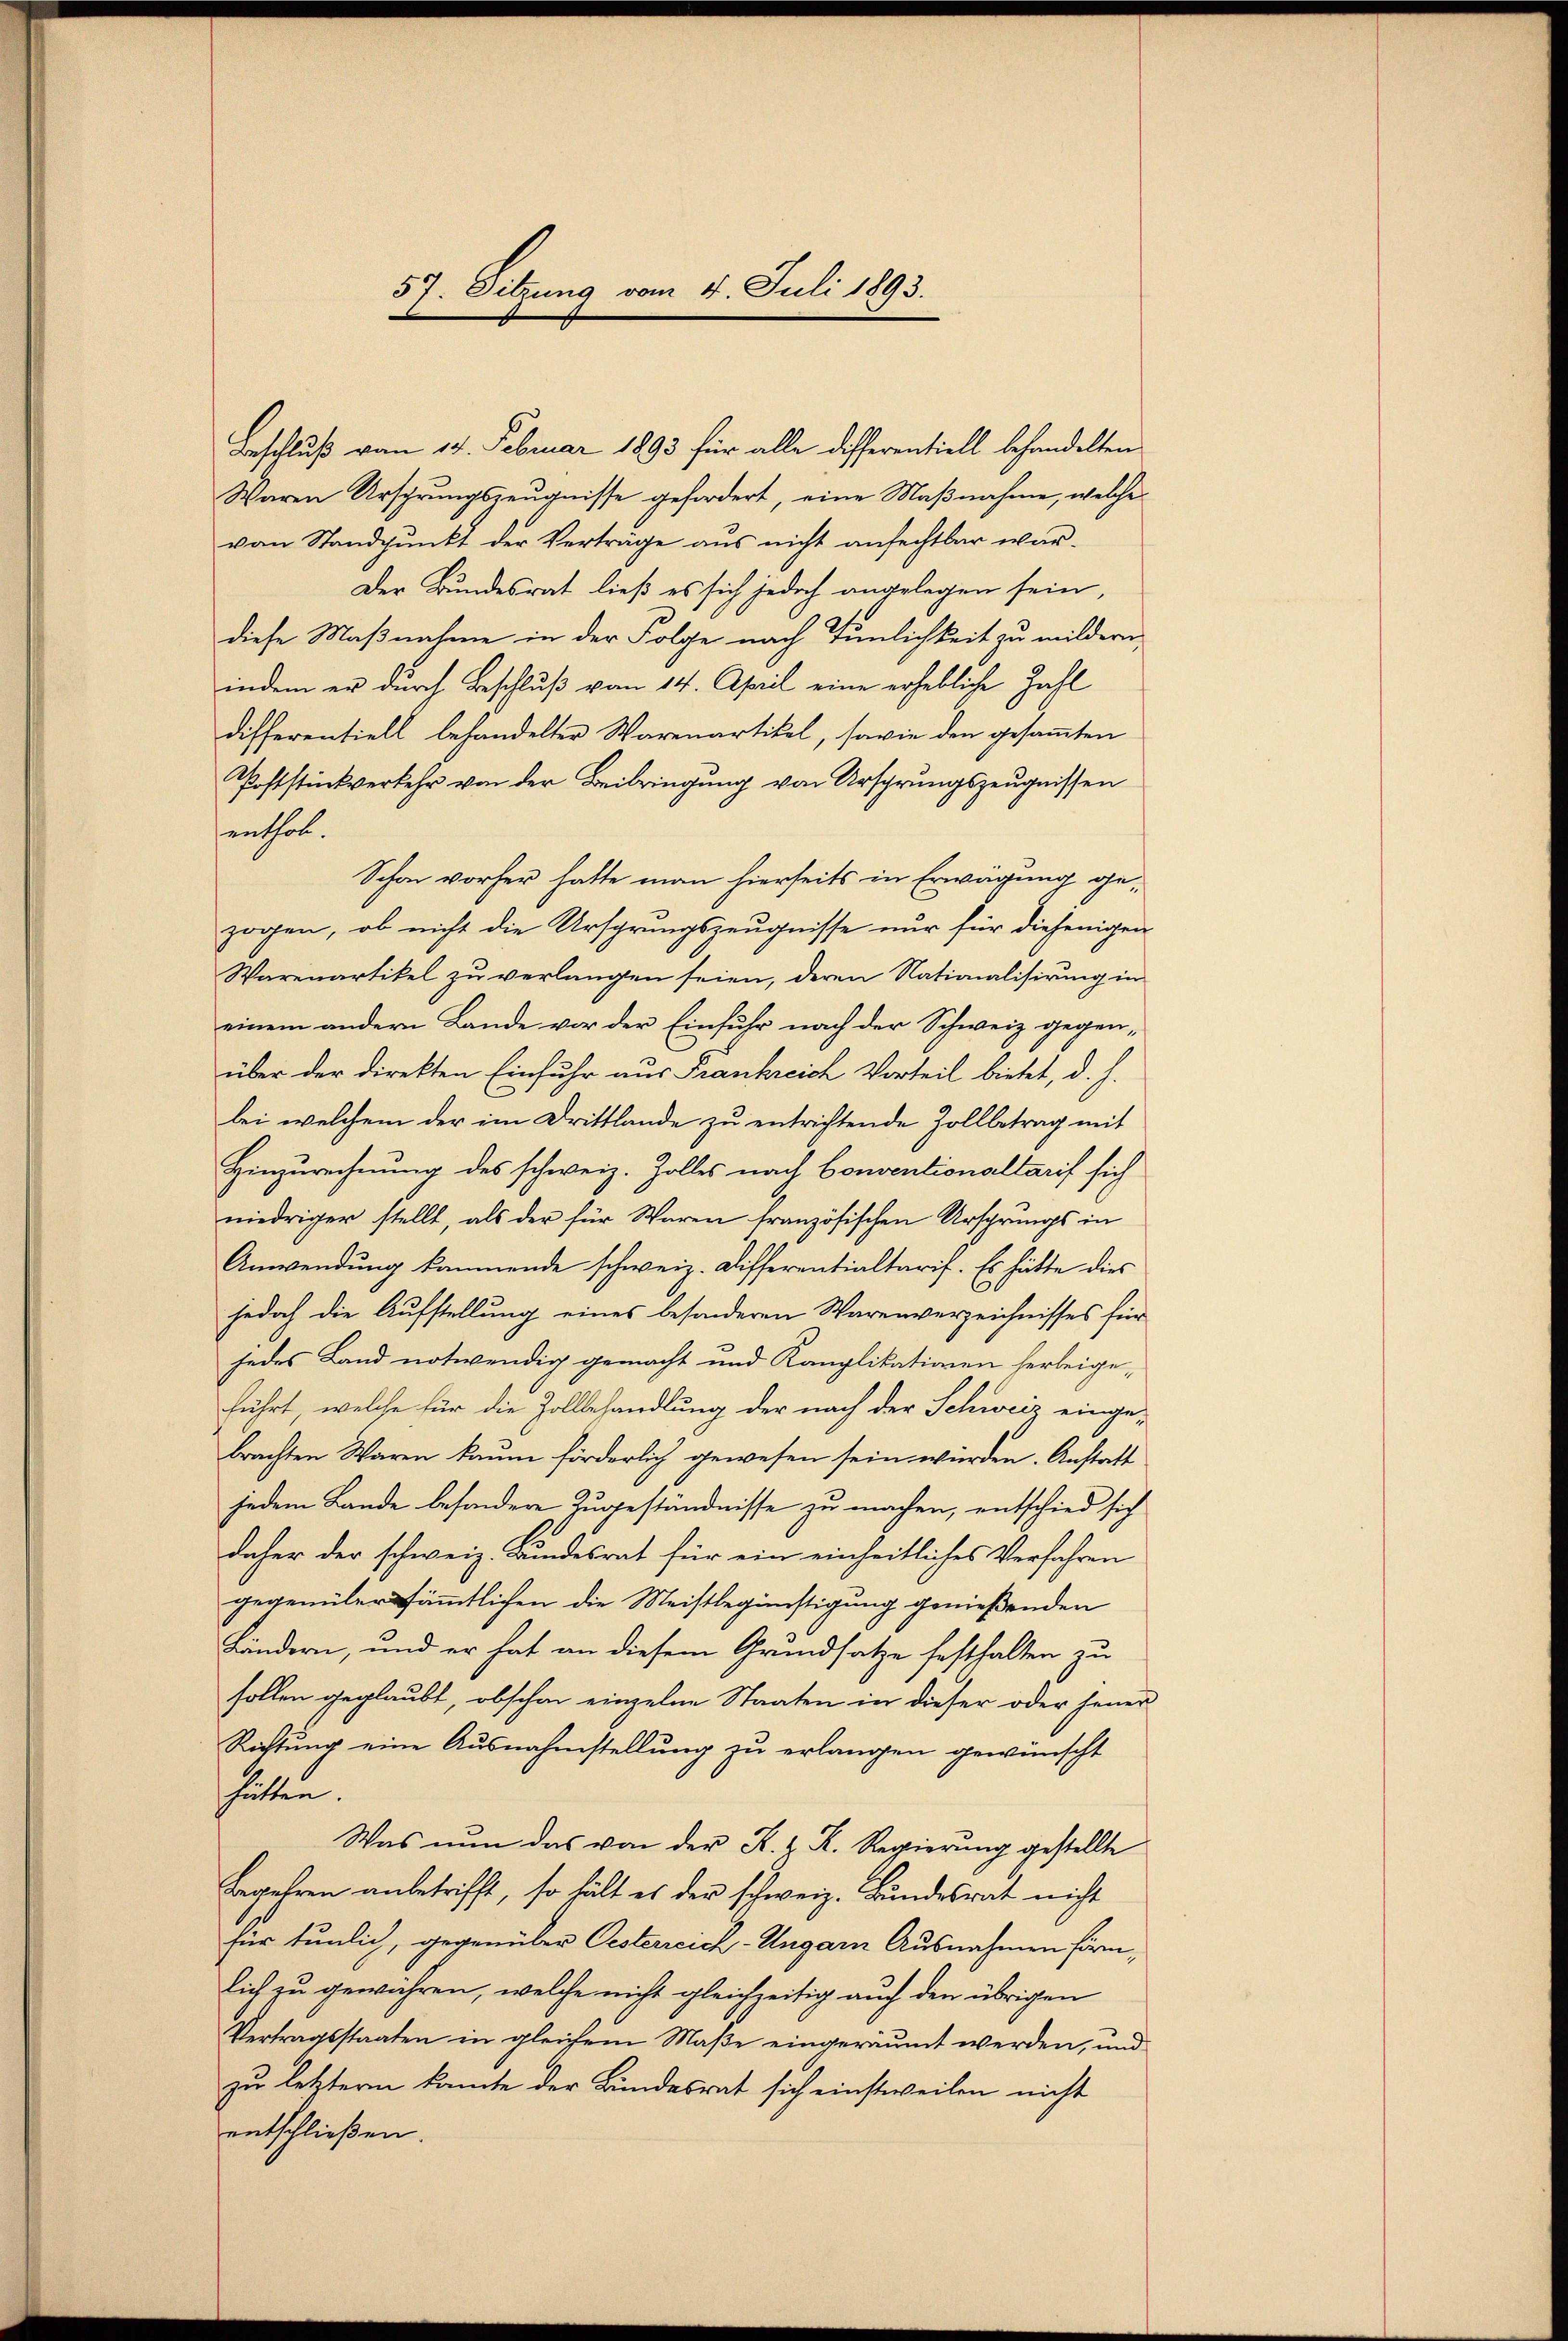
57. Sitzung vom 4. Juli 1893.

Waren Ursprungszeugnisse gefordert, eine Maßnahme, welche
von Standpunkt der Verträge aus nicht anfechtbar wardiese Maßnahme in der Folge nach Tunlichkeit zu mildern,
indem er durch Beschluß vom 14. April eine erhebliche Zahl
Differentiell behandelter Warenartikel, sowie den gesammten
Poststückverkehr von der Beibringung von Ursprungszeugnissen
enthob.
Schon vorher hatte man hierseits in Erwägung gezogen, ob nicht die Ursprungszeugnisse nur für diejenigen
Warenartikel zu verlangen seien, deren Nationalisirung in
einem andern Lande vor der Einfuhr nach der Schweiz gegen-
über der Direkten Einfuhr aus Frankreich Vorteil bietet, d. h.
bei welchem der im Drittlande zu entrichtende Zollbetrag mit
Hinzurechnung des schweiz. Zolles nach Conventionaltarif sich
niedriger stellt, als der für Waren französischen Ursprungs in
Anwendung kommende schweiz. Differentialtaris. Es hätte dies
jedoch die Aufstellung eines besonderen Warenverzeichnisses für
jedes Land notwendig gemacht und Kamplikationen herbeigeführt, welche für die Zollbehandlung der nach der Schweiz einge-
brachten Waren kaum förderlich gewesen sein würden. Anstatt
jedem Lande besondere Zugeständnisse zu machen, entschied sich
daher der schweiz. Bundesrat für ein einheitliches Verfahren
gegenüber sämmtlichen die Meistlegünstigung genießenden
Ländern, und er hat an diesem Grundsatze festhalten zu
sollen geglaubt, obschon einzelne Staaten in dieser oder jener
Richtŭng eine Ausnahmstellŭng zu erlangen gewünscht
hätten.
Was nun das von der K. Z. K. Regierung gestellte
Begehren anbetrifft, so hält es der schweiz. Bundesrat nicht
für tunlich, gegenüber Oesterreich-Ungarn Ausnahmen förmlich zu gewahren, welche nicht gleichzeitig auch den übrigen
Vertragsstaaten in gleichem Maße eingeräumt werden, und
zu letztern kannte der Bundesrat sich einstweilen nicht
entschließen.

Beschluß vom 14. Februar 1893 für alle Differentiell behandelten
Der Bundesrat ließ es sich jedoch angelegen sein,